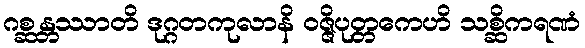
ဂစ္ဆန္တဿာတိ ဒုဂ္ဂတကုလာနိ ဝဇ္ဇိပုတ္တကေဟိ သစ္ဆိကရဏံ